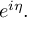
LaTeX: e ^ { i \eta } .